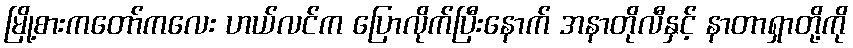
မြို့စားကတော်ကလေး ဟယ်လင်က ပြောလိုက်ပြီးနောက် အနာတိုလီနှင့် နာတာရှာတို့ကို